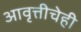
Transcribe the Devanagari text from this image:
आवृत्तीचेही